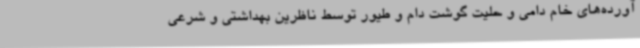
آورده‌های خام دامی و حلیت گوشت دام و طیور توسط ناظرین بهداشتی و شرعی